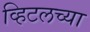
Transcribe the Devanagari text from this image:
व्हिटलच्या